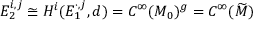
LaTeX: E _ { 2 } ^ { i , j } \cong H ^ { i } ( E _ { 1 } ^ { \cdot , j } , d ) = C ^ { \infty } ( M _ { 0 } ) ^ { g } = C ^ { \infty } ( { \widetilde { M } } )